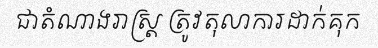
ជាតំណាងរាស្ត្រ ត្រូវតុលាការដាក់គុក